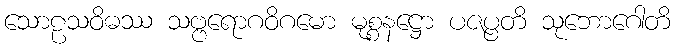
သောဠသဝိဓဿ သဗ္ဗရောဂဝိဂမော မုစ္စနဋ္ဌော ပဇပ္ပတိ သုဘောဂေါတိ